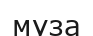
муза